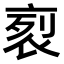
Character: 𧙩